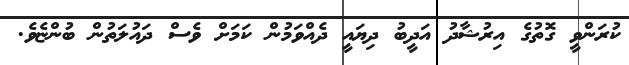
ކުރަންވީ ގޮތުގެ އިރުޝާދު އަދީބު ދިޔައީ ދެއްވަމުން ކަމަށް ވެސް ދައުލަތުން ބުންޏެވެ.